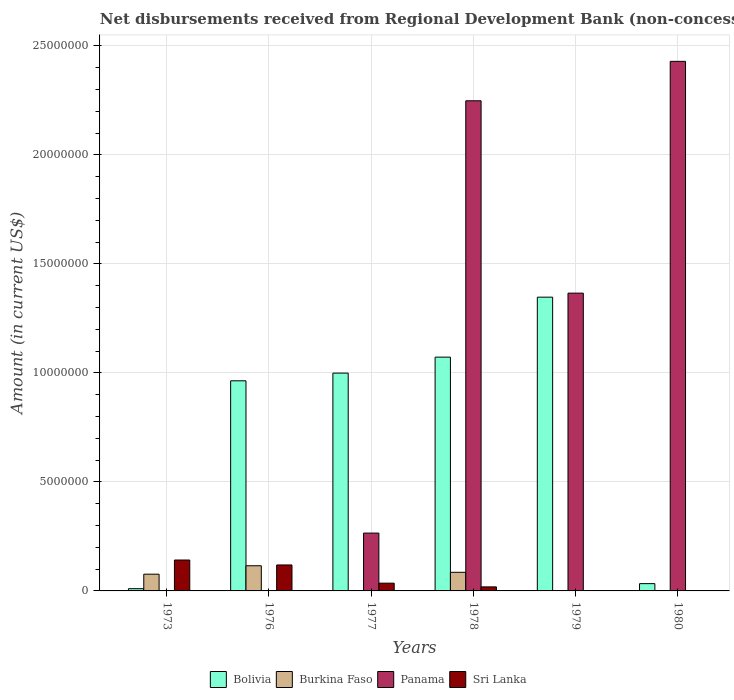
| Years | Bolivia | Burkina Faso | Panama | Sri Lanka |
 | --- | --- | --- | --- | --- |
 | 1973 | 1.03e+05 | 7.68e+05 | -9.2e+04 | 1.42e+06 |
 | 1976 | 9.64e+06 | 1.15e+06 | -9.3e+04 | 1.19e+06 |
 | 1977 | 9.99e+06 | -3.19e+05 | 2.65e+06 | 3.56e+05 |
 | 1978 | 1.07e+07 | 8.54e+05 | 2.25e+07 | 1.85e+05 |
 | 1979 | 1.35e+07 | -5.44e+05 | 1.37e+07 | -1.02e+06 |
 | 1980 | 3.34e+05 | -4.39e+05 | 2.43e+07 | -1.2e+06 |